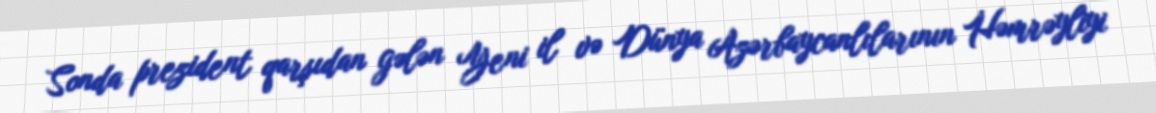
Sonda prezident qarşıdan gələn Yeni il və Dünya Azərbaycanlılarının Həmrəyliyi